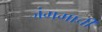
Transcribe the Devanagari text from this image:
जंगमाची